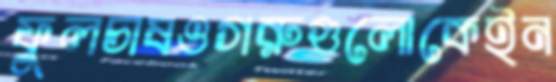
ফুলচাষওগরুগুলোকেইন